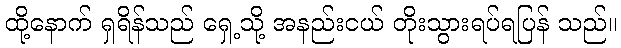
ထို့နောက် ရှရိန်သည် ရှေ့သို့ အနည်းငယ် တိုးသွားရပ်ရပြန် သည်။